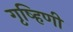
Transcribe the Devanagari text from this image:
गृष्हिणी